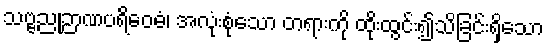
သဗ္ဗညုဉာဏပရိဝေဓံ၊ အလုံးစုံသော တရားကို ထိုးထွင်း၍သိခြင်းရှိသော